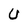
Character: U